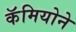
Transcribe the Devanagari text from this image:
कॅमियोने